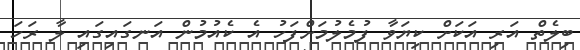
ބިލެތް އަރި އަކަށް ކިޔަވާ ފުމެލުމަށްފަހު އެ ކެއުމުން އަނގައިގައި ލާ ރަހަ